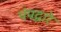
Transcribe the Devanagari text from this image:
पंपद्वारे